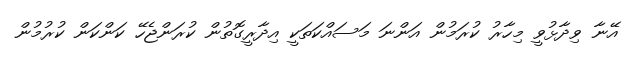
އޭނާ ވިދާޅުވީ މިހާރު ކުރަމުން އަންނަ މަސައްކަތަކީ އިދާރީގޮތުން ކުރަންޖެހޭ ކަންކަން ކުރުމުން